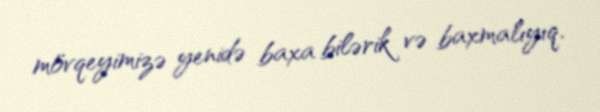
mövqeyimizə yenidə baxa bilərik və baxmalıyıq.